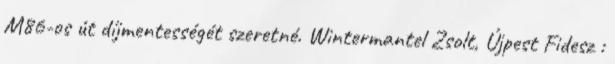
M86-os út díjmentességét szeretné. Wintermantel Zsolt, Újpest Fidesz :